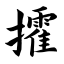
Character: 攉